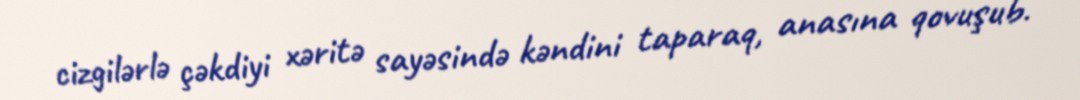
cizgilərlə çəkdiyi xəritə sayəsində kəndini taparaq, anasına qovuşub.